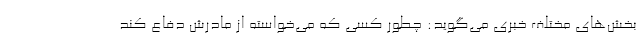
بخش‌های مختلف خبری می‌گوید: چطور کسی که می‌خواسته از مادرش دفاع کند